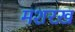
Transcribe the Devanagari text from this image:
मशरख़